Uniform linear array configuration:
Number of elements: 32
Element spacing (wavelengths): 1
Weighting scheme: kaiser
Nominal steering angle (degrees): -30
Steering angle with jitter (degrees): -30.117
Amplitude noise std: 0.05
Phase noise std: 0.05

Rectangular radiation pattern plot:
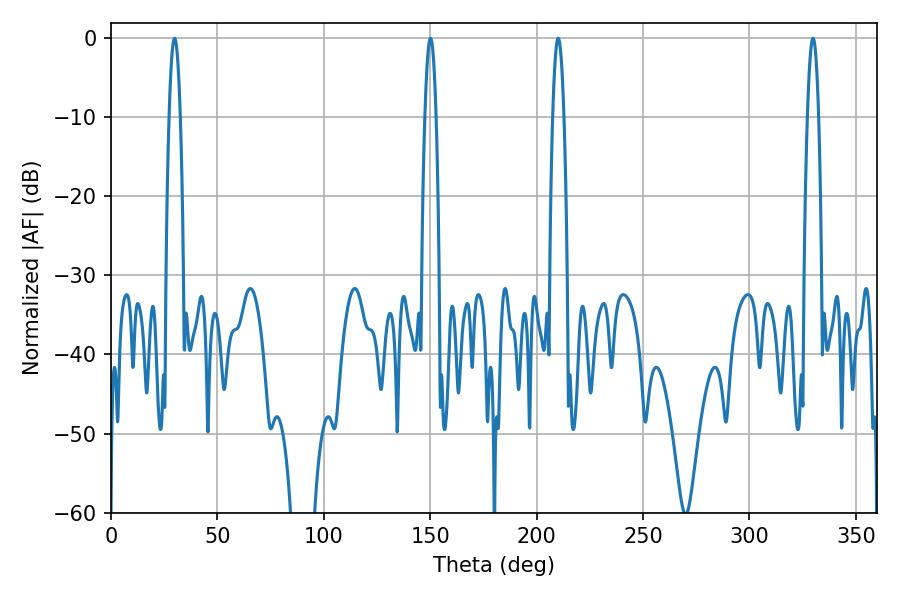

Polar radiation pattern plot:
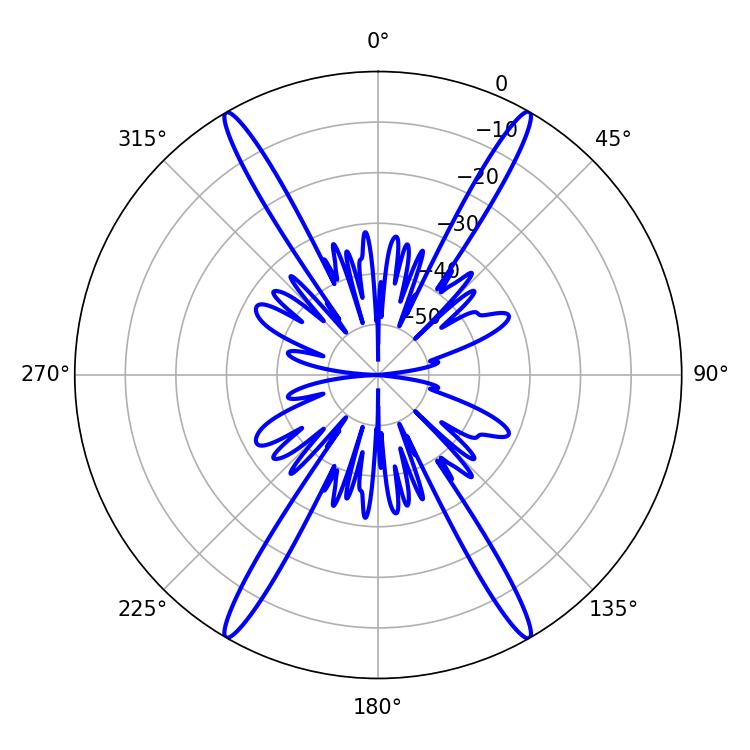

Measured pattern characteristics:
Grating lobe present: TRUE
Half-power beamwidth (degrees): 2.88
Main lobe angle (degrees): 29.88